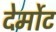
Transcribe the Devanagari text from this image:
देर्मोट